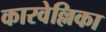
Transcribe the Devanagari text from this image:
कारवेल्लिका